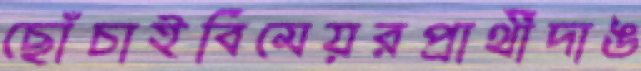
ছোঁচাইবিমেয়রপ্রার্থীদাঙ